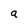
Character: a